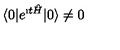
\langle 0 | e ^ { \i t { \hat { H } } } | 0 \rangle \not = 0